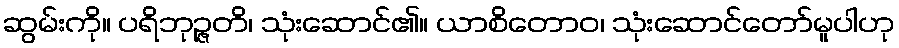
ဆွမ်းကို။ ပရိဘုဉ္ဇတိ၊ သုံးဆောင်၏။ ယာစိတောဝ၊ သုံးဆောင်တော်မူပါဟု